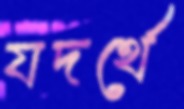
যদর্থে